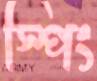
স্পিং